Vaccine operations Central Provinces & Berar 1922-1929 - 1922-1929
Year: 1922
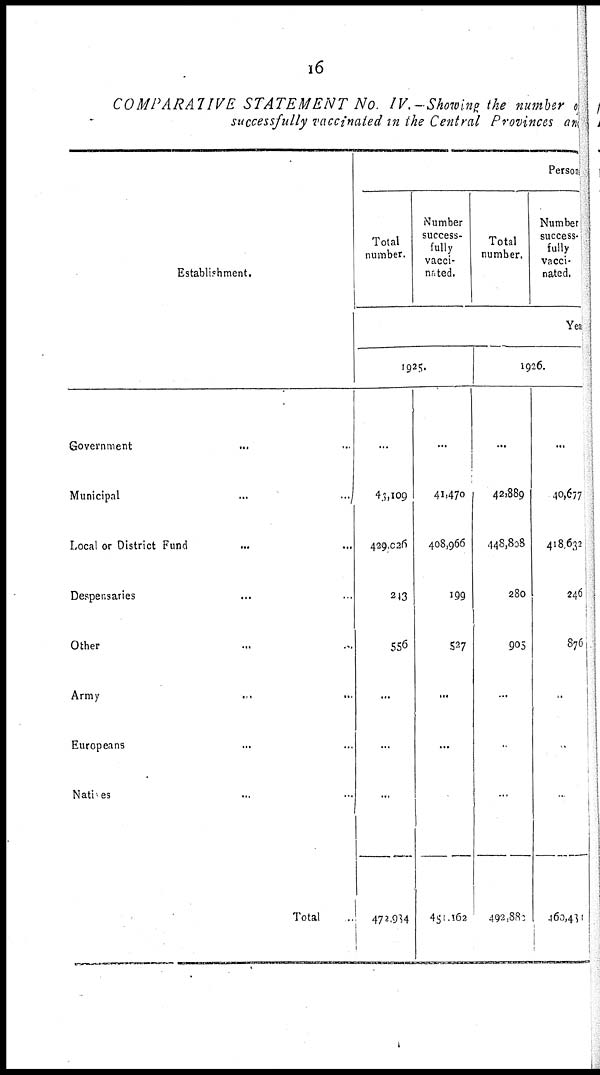
16
COMPARATIVE STATEMENT No IV.—Showing the number of
successfully vaccinated in the Central Provinces and
Establishment.
Government..
Municipal...
Local or District Fund... ...
Despensaries...
Other...
Army...
Europeans...
Natives...
Total..
Persons
Total
number.
Number
success-
fully
vacci-
nated.
Total
number.
Number
success-
fully
vacci-
nated.
Yea
1925.
...
43,109
429,026
243
556
...
...
...
472,934
...
41,470
408,966
199
527
...
...
...
451,162
1926.
...
42,889
448,808
280
905
...
.
...
492,882
...
40,677
418,632
246
876
..
..
...
460,431